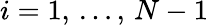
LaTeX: i=1,\, \dots,\, N-1